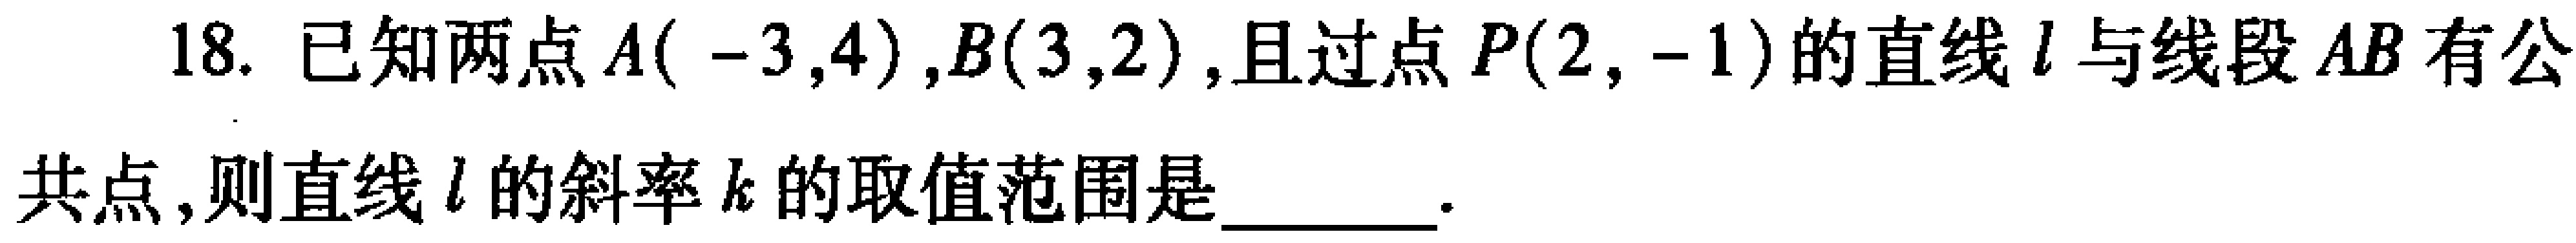
18. 已知两点\(A( - 3,4)\),\(B(3,2)\),且过点\(P(2, - 1)\)的直线\(l\)与线段\(AB\)有公
共点,则直线\(l\)的斜率\(k\)的取值范围是________.